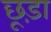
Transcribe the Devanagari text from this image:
छूड़ा